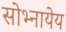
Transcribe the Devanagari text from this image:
सोभ्नायेय